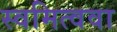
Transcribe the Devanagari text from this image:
स्वमित्ववा